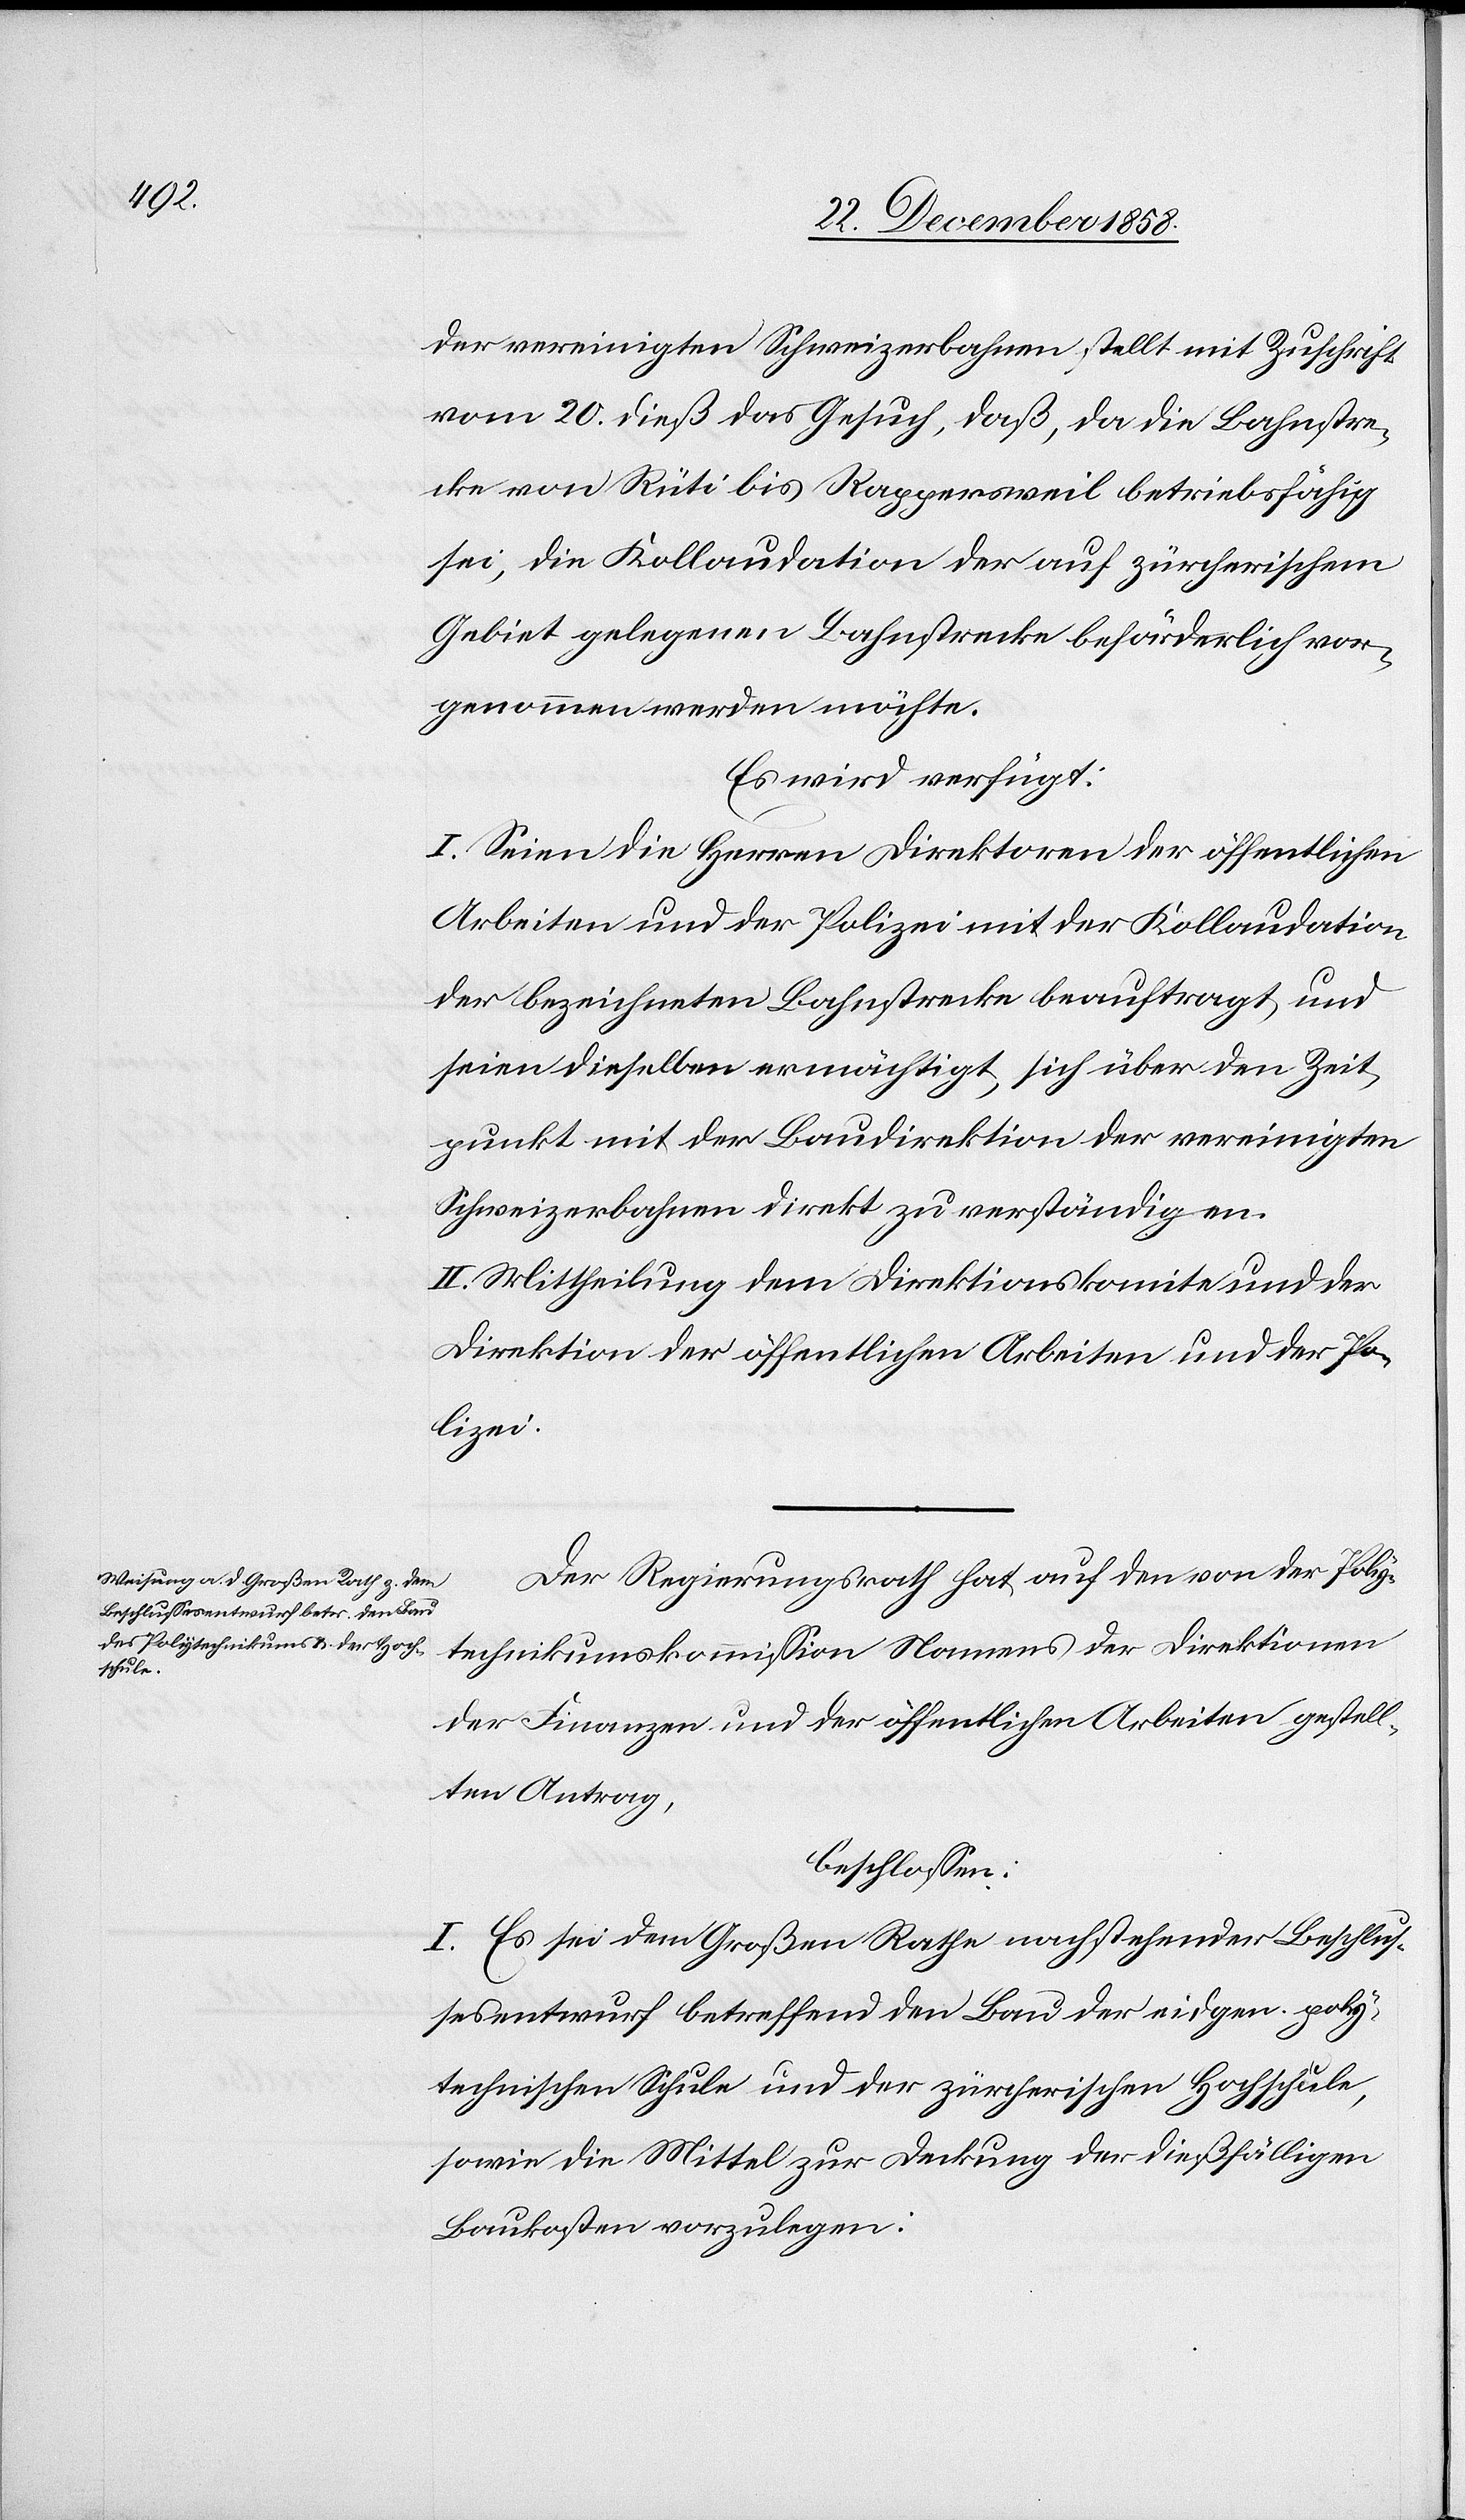
die

beschlossen: